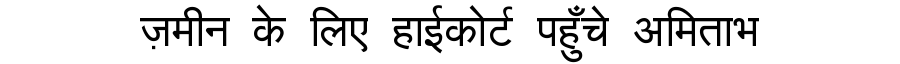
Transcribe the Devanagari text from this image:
ज़मीन के लिए हाईकोर्ट पहुँचे अमिताभ